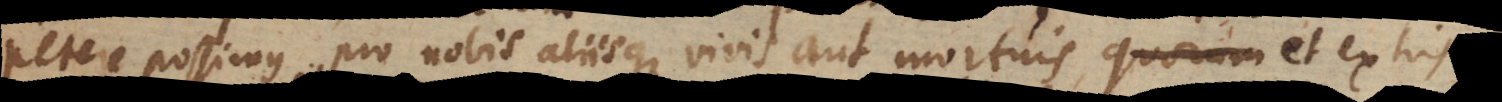
petere possimus pro nobis aliisque vivis aut mortuis, quorum potissim